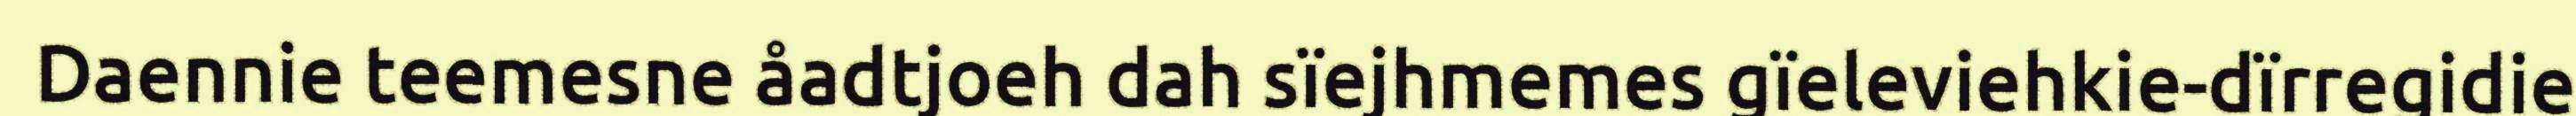
Daennie teemesne åadtjoeh dah sïejhmemes gïeleviehkie-dïrregidie